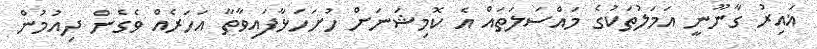
ޣައިރު ގާނޫނީ އަމަލުތަކުގެ މައްސަލަތައް އެ ކޮމިޝަނަށް ހުށަހަޅާފައިވާތާ އަހަރެއް ވެގެން ދިއުމުން